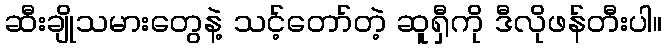
ဆီးချိုသမားတွေနဲ့ သင့်တော်တဲ့ ဆူရှီကို ဒီလိုဖန်တီးပါ။